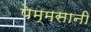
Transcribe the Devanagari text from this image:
पेम्मसानी